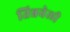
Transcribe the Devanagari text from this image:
तिन्नवेली